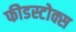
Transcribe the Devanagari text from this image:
फीडस्टोक्स